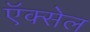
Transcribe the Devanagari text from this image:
ऍक्सेल